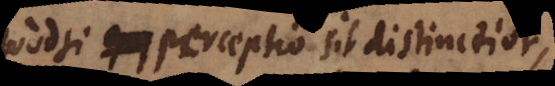
Quodsi perceptio sit distinctior,